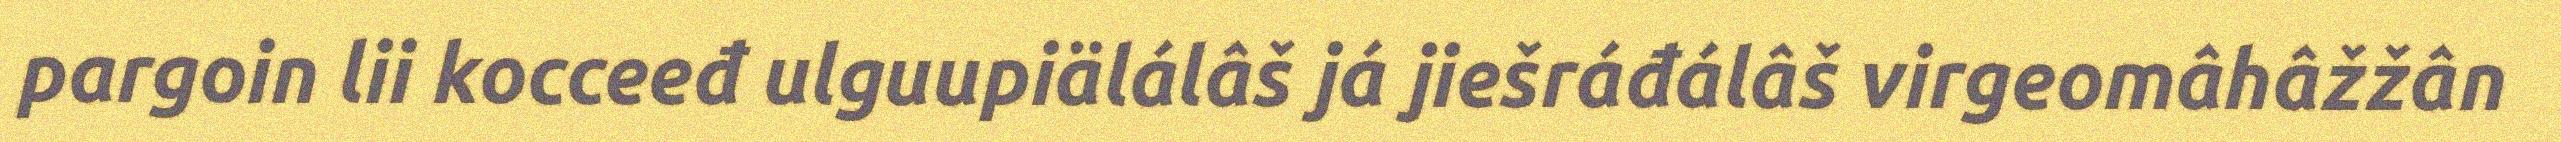
pargoin lii kocceeđ ulguupiälálâš já jiešráđálâš virgeomâhâžžân